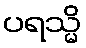
ပရသ္မိ